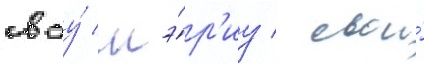
своу́ мэ́р'иу / свои́